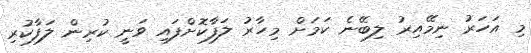
މި އަހަރު ނިމޭއިރު ލިބޭނެ ކަމަށް މިހާރު ލަފާކޮށްފައި ވަނީ ކުރިން ލަފާކުރި